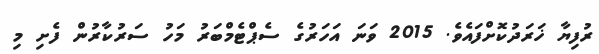
ރުފިޔާ ޚަރަދުކޮށްފައެވެ. 2015 ވަނަ އަހަރުގެ ސެޕްޓެމްބަރު މަހު ސަރުކާރުން ފެށި މި